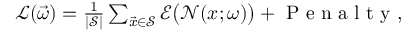
\begin{array} { r } { \mathcal { L } ( \vec { \omega } ) = \frac { 1 } { | \mathcal { S } | } \sum _ { \vec { x } \in \mathcal { S } } \mathcal { E } \big ( \mathcal { N } ( \boldsymbol { x } ; \boldsymbol { \omega } ) \big ) + \textrm { P e n a l t y } , } \end{array}